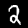
Label: 2